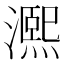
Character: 𤀠